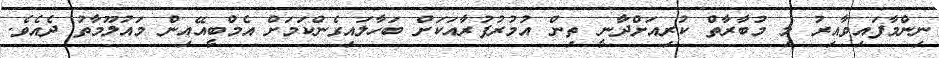
ނިންމާފައިވާއިރު މި މުބާރާތް ކުރިއަށްދާނީ ތިން އުމުރުފުރާއަކަށް ބަހާލައިގެންކަމަށް އެމްބީއޭއިން މައުލޫމާތު ދެއެވެ.